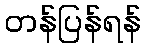
တန်ပြန်ရန်